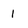
Character: I